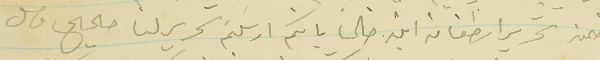
ضمن  تحرير اسطفان ابن خالنا بانكم ارسلتم تحرير لنا صحيح واصل